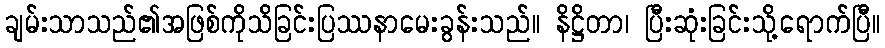
ချမ်းသာသည်၏အဖြစ်ကိုသိခြင်းပြဿနာမေးခွန်းသည်။ နိဋ္ဌိတာ၊ ပြီးဆုံးခြင်းသို့ရောက်ပြီ။